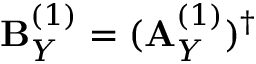
\mathbf { B } _ { Y } ^ { ( 1 ) } = ( \mathbf { A } _ { Y } ^ { ( 1 ) } ) ^ { \dagger }